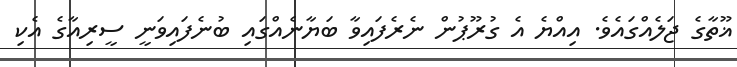
ޣޫތާގެ ޖަލެއްގައެވެ. އިއްޔެ އެ ގުރޫޕުން ނެރެފައިވާ ބަޔާނެއްގައި ބުނެފައިވަނީ ސީރިއާގެ އެކި